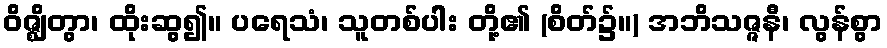
ဝိဇ္ဈိတွာ၊ ထိုးဆွ၍။ ပရေသံ၊ သူတစ်ပါး တို့၏ (စိတ်၌။) အဘိသဇ္ဇနီ၊ လွန်စွာ